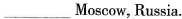
___ Moscow, Russia.